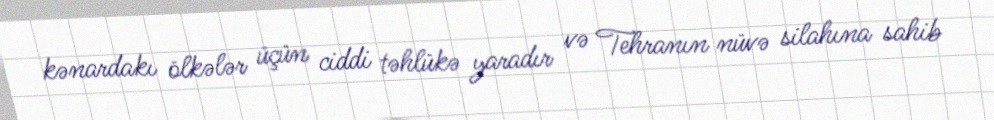
kənardakı ölkələr üçün ciddi təhlükə yaradır və Tehranın nüvə silahına sahib